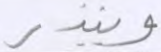
وينذر